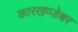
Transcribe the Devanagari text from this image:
कारखण्डेश्वर